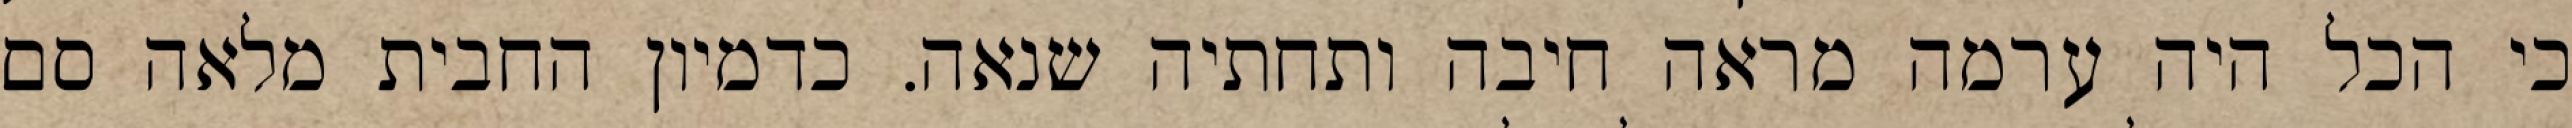
כי הכל היה ערמה מראה חיבה ותחתיה שנאה. כדמיון החבית מלאה סם